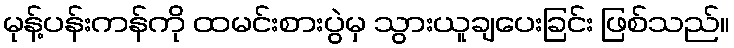
မုန့်ပန်းကန်ကို ထမင်းစားပွဲမှ သွားယူချပေးခြင်း ဖြစ်သည်။